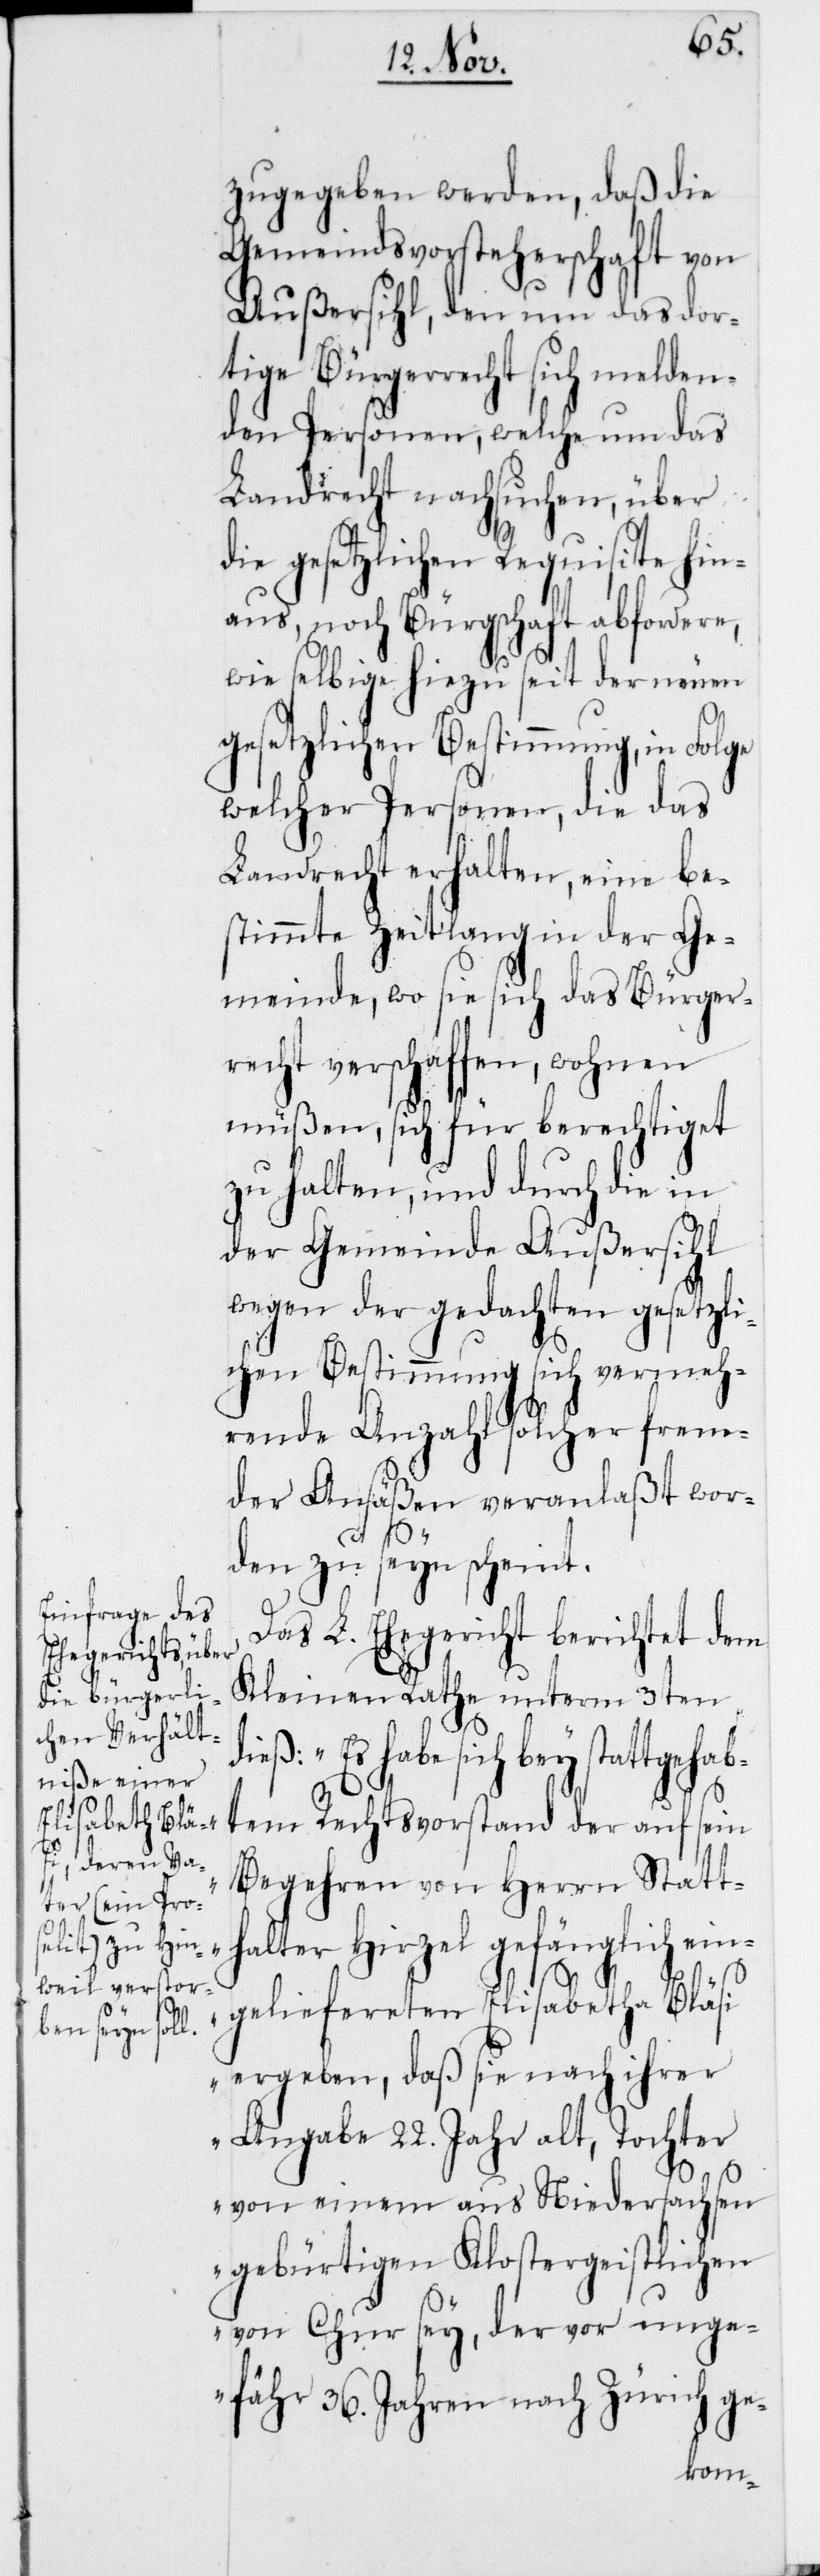
zugegeben werden, daß die
Gemeindsvorsteherschaft von
Außersihl, den um das dor¬
tige Bürgerrecht sich melden¬
den Personen, welche um das
Landrecht nachsuchen, über
die gesetzlichen Requisite hin¬
aus, noch Bürgschaft abfordere,
wie selbige hiezu seit der neuen
gesetzlichen Bestimmung, in Folge
welcher Personen, die das
Landrecht erhalten, eine be¬
stimmte Zeitlang in der Ge¬
meinde, wo sie sich das Bürger¬
recht verschaffen, wohnen
müßen, sich für berechtiget
zu halten, und durch die in
der Gemeinde Außersihl
wegen der gedachten gesetzli¬
chen Bestimmung sich vermeh¬
rende Anzahl solcher frem¬
der Ansäßen veranlaßt wor¬
den zu seyn scheint.
Das L. Ehegericht berichtet dem
Kleinen Rathe unterm 3ten
sich bey stattgehab¬
tem Rechtsvorstand der auf sein
Begehren von Herrn Statt¬
halter Hirzel gefänglich ein¬
geliefereten Elisabetha Bläsi
ergeben, daß sie nach ihrer
Angabe 22. Jahr alt, Tochter
von einem aus Niedersachsen
gebürtigen Klostergeistlichen
von Chur sey, der vor unge¬
fähr 36. Jahren nach Zürich ge-